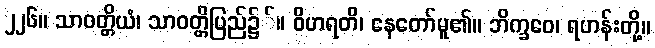
၂၂၆။ သာဝတ္တိယံ၊ သာဝတ္တိပြည်၌်။ ဝိဟရတိ၊ နေတော်မူ၏။ ဘိက္ခဝေ၊ ရဟန်းတို့။